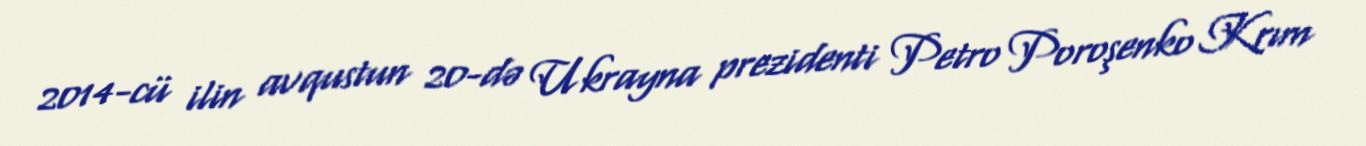
2014-cü ilin avqustun 20-də Ukrayna prezidenti Petro Poroşenko Krım